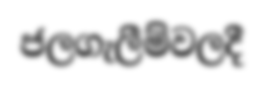
ජලගැලීම්වලදී